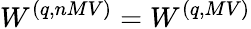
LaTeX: W^{(q,nMV)}=W^{(q,MV)}